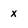
Character: x